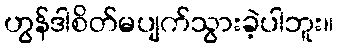
ဟွန်ဒါစိတ်မပျက်သွားခဲ့ပါဘူး။